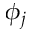
\phi _ { j }